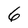
Character: 6